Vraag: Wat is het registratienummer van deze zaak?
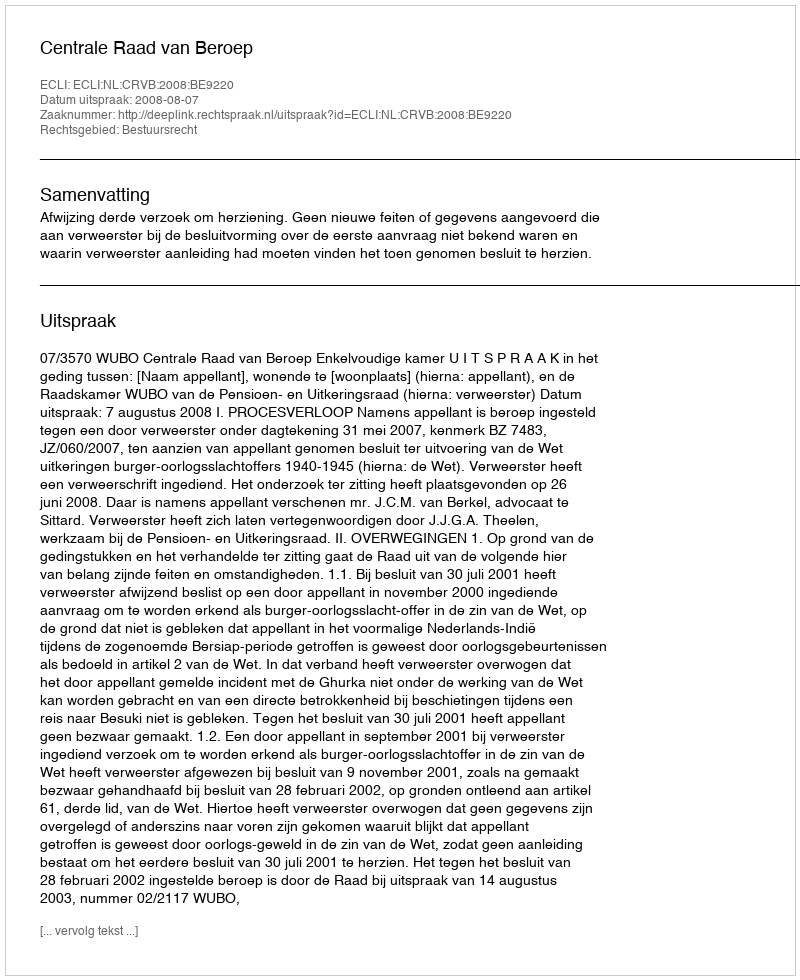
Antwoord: http://deeplink.rechtspraak.nl/uitspraak?id=ECLI:NL:CRVB:2008:BE9220